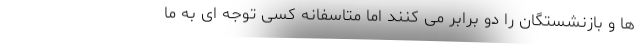
ها و بازنشستگان را دو برابر می کنند اما متاسفانه کسی توجه ای به ما